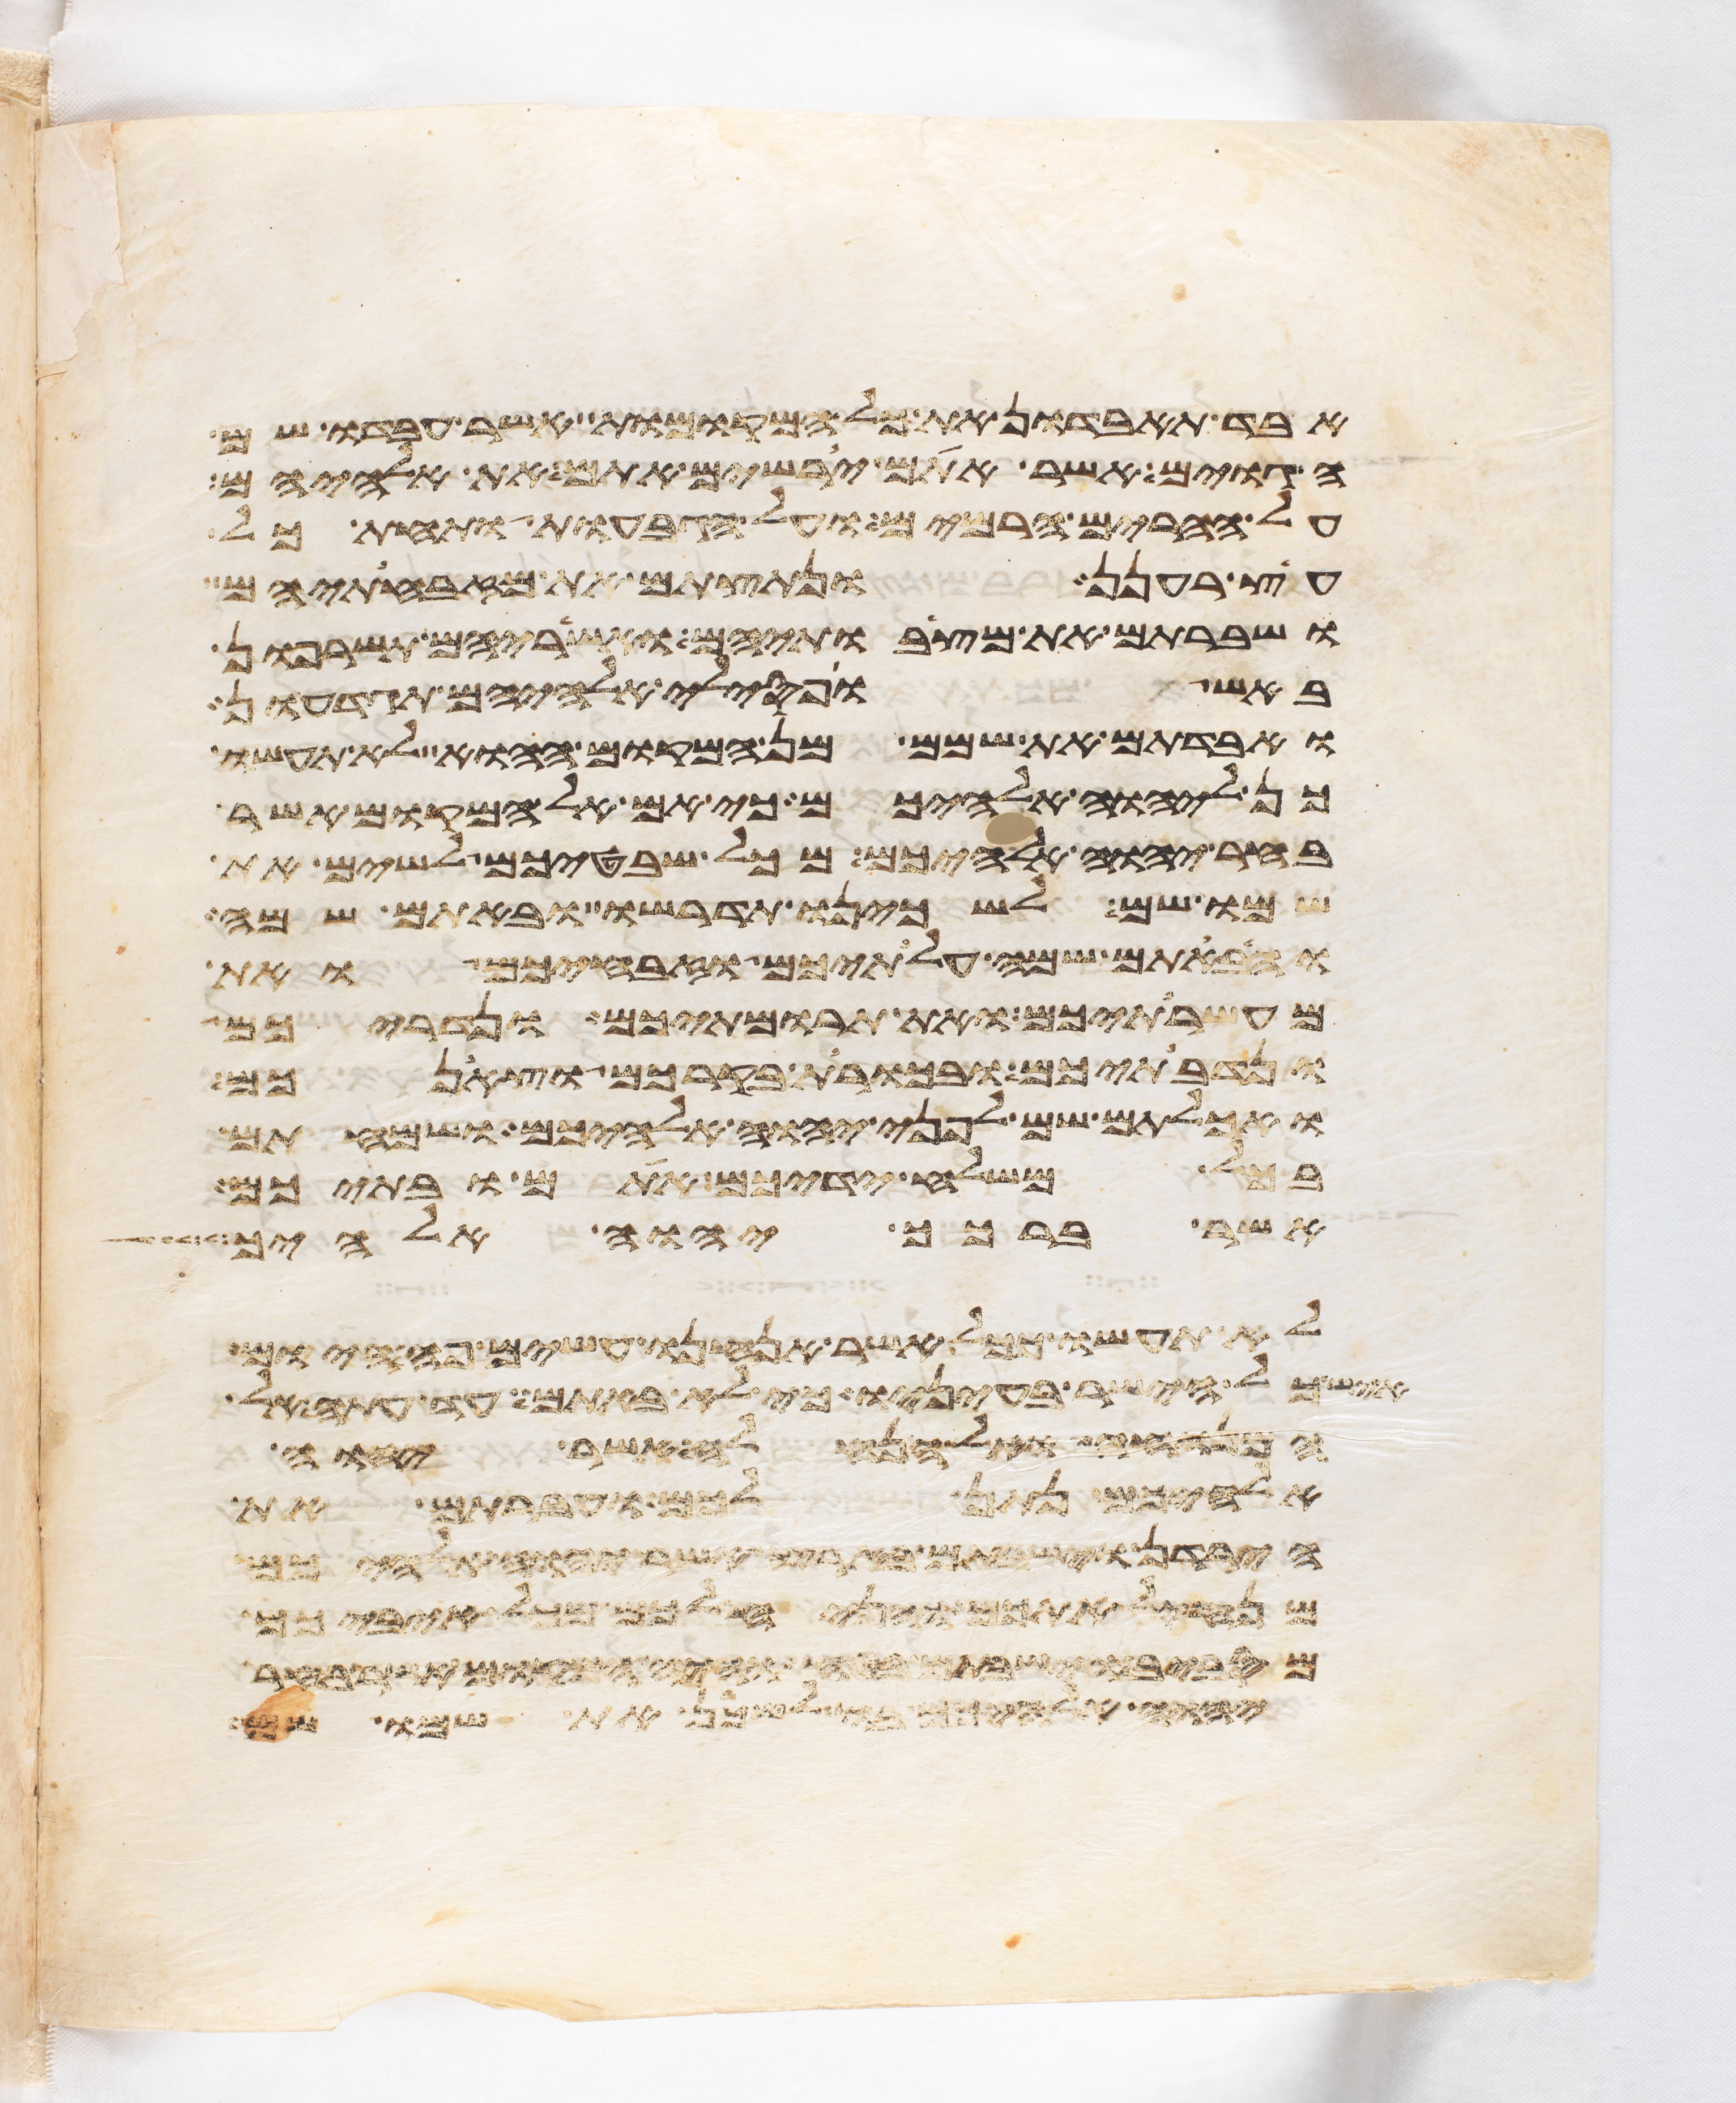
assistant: אבד תאבדון את כל המקומות אשר עבדו שם
הגוים אשר אתם ירשים אתם את אלהיהם
על ההרים הרמים ועל הגבעות ותחת כל
עץ רענן ונתצתם את מזבחתיהם
ושברתם את מצבתיהם ואשריהם תשרפון
באש ופסילי אלהיהם תגדעון
ואבדתם את שמם מן המקום ההוא לא תעשו
כן ליהוה אלהיכם כי אם אל המקום אשר
בחר יהוה אלהיכם מכל שבטיכם לשים את
שמו שם לשכינו תדרשו ובאתם שם
והבאתם שמה עלתיכם וזבחיכם ואת
מעשרתיכם ואת תרומתיכם ונדריכם
ונדבתיכם ובכורת בקרכם וצאנכם
ואכלתם שם לפני יהוה אלהיכם ושמחתם
בכל משלח ידיכם אתם ובתיכם
אשר ברכך יהוה אלהיך
לא תעשו ככל אשר אנחנו עשים פה היום
איש כל הישר בעיניו כי לא באתם עד עתה אל
המנוחה ואל הנחלה אשר יהוה
אלהיכם נתן לכם ועברתם את
הירדן וישבתם בארץ אשר יהוה אלהיכם
מנחיל אתכם והניח לכם מכל איביכם
מסביב וישבתם בטח והיה המקום אשר בחר
יהוה אלהיך לשכן את שמו שם